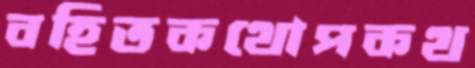
বহিতকথোপকথ